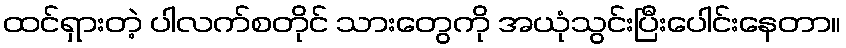
ထင်ရှားတဲ့ ပါလက်စတိုင် သားတွေကို အယုံသွင်းပြီးပေါင်းနေတာ။